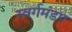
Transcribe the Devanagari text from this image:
स्वर्गमंडप